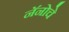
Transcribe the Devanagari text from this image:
नॅनोचे